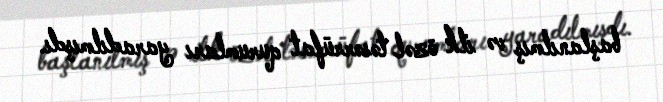
başlanılmış və ilk özəl təsərrüfat qurumları yaradılmışdı.